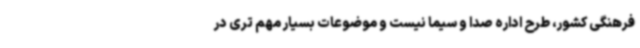
فرهنگی کشور، طرح اداره صدا و سیما نیست و موضوعات بسیار مهم تری در